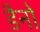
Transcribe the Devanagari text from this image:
डैनो